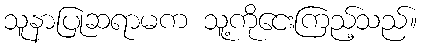
သူနာပြုဆရာမက သူ့ကိုငေးကြည့်သည်။